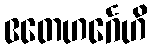
ဧတေဟင်္ဂေဟိ